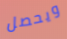
ويحصل